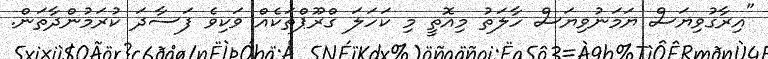
"އިރާގުވިޔަސް ޔަމަނުވިޔަސް ހާލަތު މިއޮތީ މި ކަހަލަ ގްރޫޕްތަކެއް ވަކިވެ ފަސާދަ ކުރަމުންދާތަން.